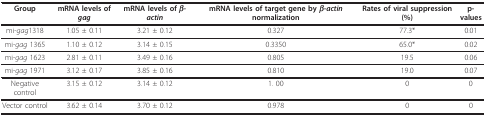
| Group | mRNA levels of gag | mRNA levels of β-actin | mRNA levels of target gene by β-actin normalization | Rates of viral suppression (%) | p-values |
 | --- | --- | --- | --- | --- | --- |
 | mi-gag1318 | 1.05 ± 0.11 | 3.21 ± 0.12 | 0.327 | 77.3* | 0.01 |
 | mi-gag 1365 | 1.10 ± 0.12 | 3.14 ± 0.15 | 0.3350 | 65.0* | 0.02 |
 | mi-gag 1623 | 2.81 ± 0.11 | 3.49 ± 0.16 | 0.805 | 19.5 | 0.06 |
 | mi-gag 1971 | 3.12 ± 0.17 | 3.85 ± 0.16 | 0.810 | 19.0 | 0.07 |
 | Negative control | 3.15 ± 0.12 | 3.14 ± 0.12 | 1. 00 | 0 | 0 |
 | Vector control | 3.62 ± 0.14 | 3.70 ± 0.12 | 0.978 | 0 | 0 |